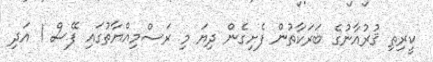
ކީރިތި ޤުރުއާނުގެ ބަރަކާތުން ފެށިގެން ދިޔަ މި ރަސްމިއްޔާތުގައި ފޭސް 1 އަދި